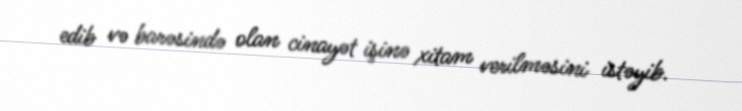
edib və barəsində olan cinayət işinə xitam verilməsini istəyib.